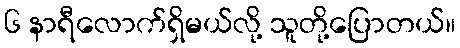
၆ နာရီလောက်ရှိမယ်လို့ သူတို့ပြောတယ်။